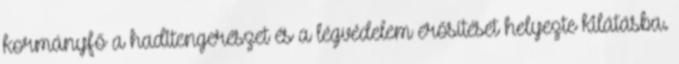
kormányfő a haditengerészet és a légvédelem erősítését helyezte kilátásba.